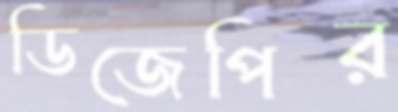
ডিজেপির